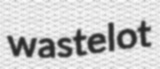
wastelot